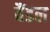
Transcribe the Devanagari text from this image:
वैंडल